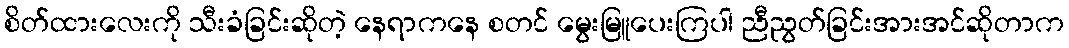
စိတ်ထားလေးကို သီးခံခြင်းဆိုတဲ့ နေရာကနေ စတင် မွေးမြူပေးကြပါ ညီညွတ်ခြင်းအားအင်ဆိုတာက